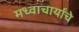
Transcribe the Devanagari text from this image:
मध्वाचार्यांचे